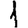
Digit: 1